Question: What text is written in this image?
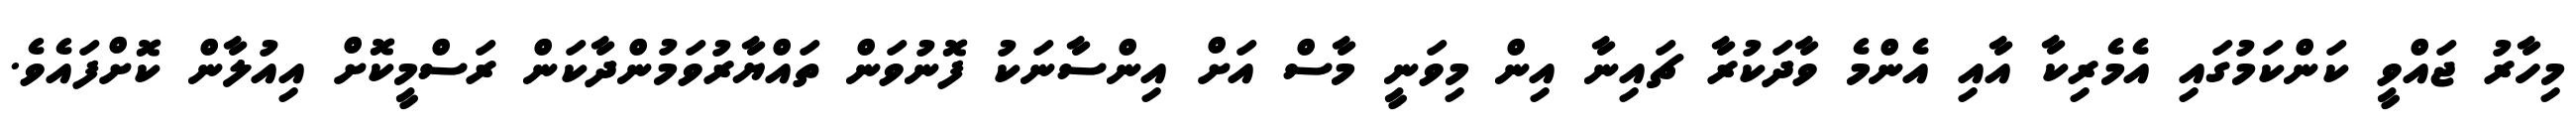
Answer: މިހާރު ޖައްވީ ކަންކަމުގައި އެމެރިކާ އާއި އެންމެ ވާދަކުރާ ޗައިނާ އިން މިވަނީ މާސް އަށް އިންސާނަކު ފޮނުވަން ތައްޔާރުވަމުންދާކަން ރަސްމީކޮށް އިއުލާން ކޮށްފައެވެ.